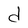
Character: d